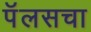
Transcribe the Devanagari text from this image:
पॅलसचा